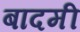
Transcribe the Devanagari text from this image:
बादमी